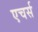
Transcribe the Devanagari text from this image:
एचर्स